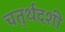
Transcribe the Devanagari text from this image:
चतुर्थदशी